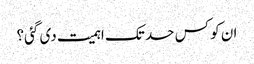
ان کو کس حد تک اہمیت دی گئی؟